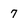
Character: 7